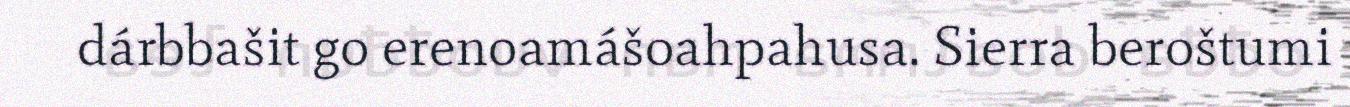
dárbbašit go erenoamášoahpahusa. Sierra beroštumi